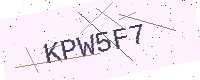
Text: KPW5F7